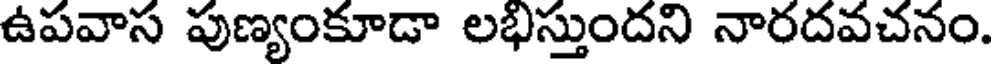
ఉపవాస పుణ్యంకూడా లభిస్తుందని నారదవచనం.